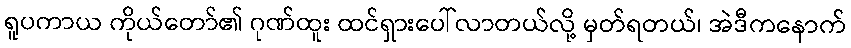
ရူပကာယ ကိုယ်တော်၏ ဂုဏ်ထူး ထင်ရှားပေါ်လာတယ်လို့ မှတ်ရတယ်၊ အဲဒီကနောက်